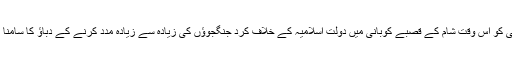
ترکی کو اس وقت شام کے قصبے کوبانی میں دولت اسلامیہ کے خلاف کرد جنگجوؤں کی زیادہ سے زیادہ مدد کرنے کے دباؤ کا سامنا ہے۔